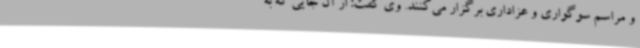
و مراسم سوگواری و عزاداری برگزار می‌کنند. وی گفت: از آن جایی که به